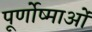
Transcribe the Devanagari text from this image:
पूर्णोष्माओं